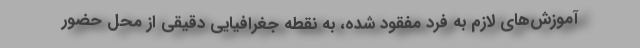
آموزش‌های لازم به فرد مفقود شده، به نقطه جغرافیایی دقیقی از محل حضور